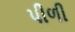
પીળી